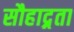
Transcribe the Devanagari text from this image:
सौहाद्र्रता